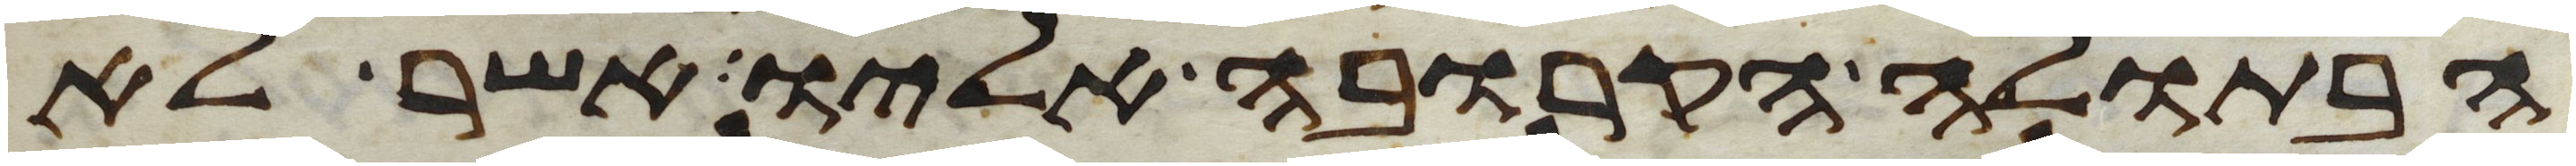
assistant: הבתולה הקרובה אליו אשר לא